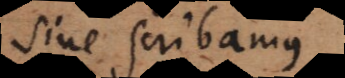
sive scribamus